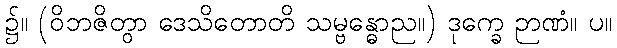
၌။ (ဝိဘဇိတွာ ဒေသိတောတိ သမ္ဗန္ဓောည။) ဒုက္ခေ ဉာဏံ။ ပ။